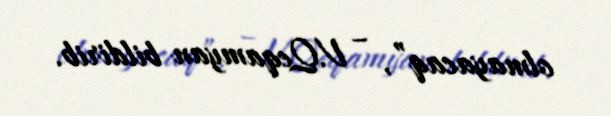
olmayacaq”, – V.Qeqamyan bildirib.